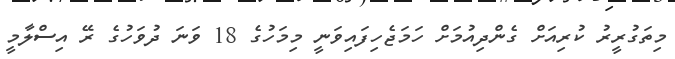
މިތަގުރީރު ކުރިއަށް ގެންދިއުމަށް ހަމަޖެހިފައިވަނީ މިމަހުގެ 18 ވަަނަ ދުވަހުގެ ރޭ އިސްލާމީ